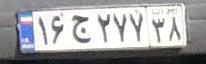
۱۶ج۲۷۷۳۸